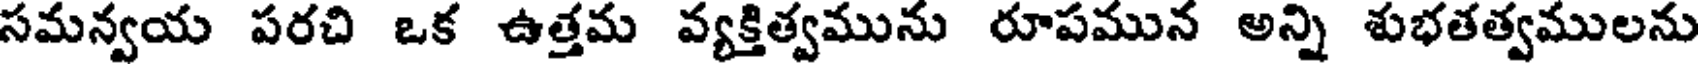
సమన్వయ పరచి ఒక ఉత్తమ వ్యక్తిత్వమును రూపమున అన్ని శుభతత్వములను